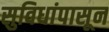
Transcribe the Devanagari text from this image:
सुविधांपासून